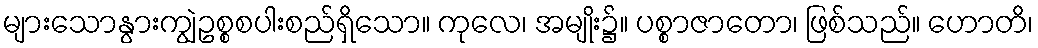
များသောနွားကျွဲဥစ္စစပါးစည်ရှိသော။ ကုလေ၊ အမျိုး၌။ ပစ္စာဇာတော၊ ဖြစ်သည်။ ဟောတိ၊